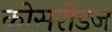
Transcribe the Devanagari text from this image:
क्रोसरोडज